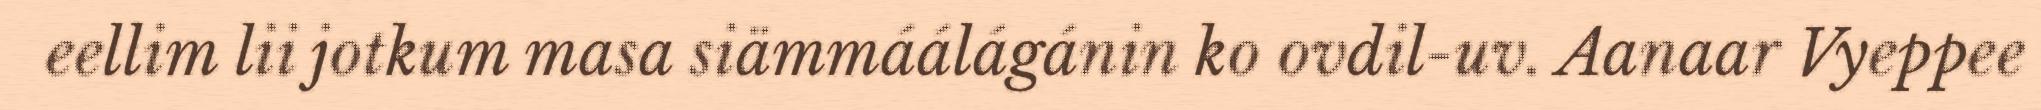
eellim lii jotkum masa siämmáálágánin ko ovdil-uv. Aanaar Vyeppee